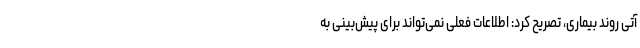
آتی روند بیماری، تصریح کرد: اطلاعات فعلی نمی‌تواند برای پیش‌بینی به